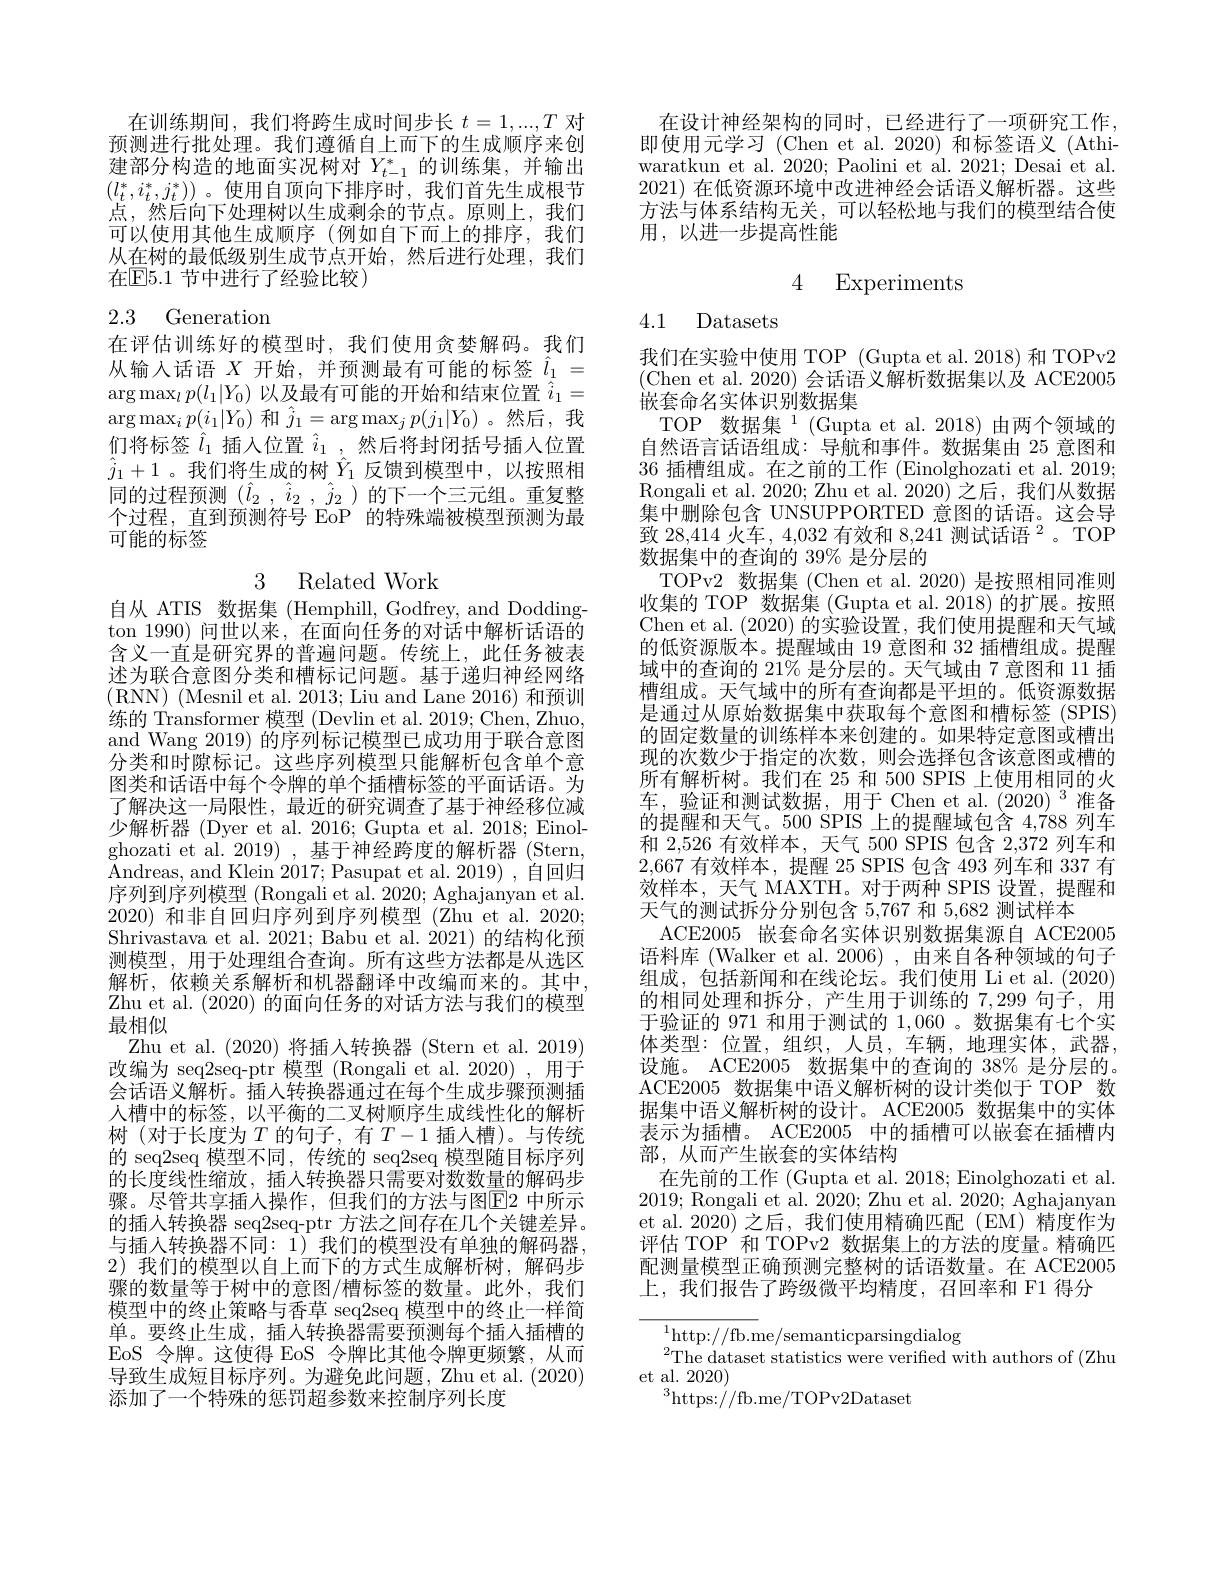
在训练期间，我们将跨生成时间步长$t=1,...,T$对预测进行批处理。我们遵循自上而下的生成顺序来创建部分构造的地面实况树对$Y_t-1^*$的训练集，并输出$(l_t^*,i_t^*,j_t^*))$。使用自顶向下排序时，我们首先生成根节点，然后向下处理树以生成剩余的节点。原则上，我们可以使用其他生成顺序(例如自下而上的排序，我们从在树的最低级别生成节点开始，然后进行处理，我们在$\mathbb{E}5.1$ 节中进行了经验比较)

# 2.3 Generation

在评估训练好的模型时，我们使用贪婪解码。我们从输入话语$X$开始，并预测最有可能的标签$\hat{l}_1=$ $\arg\max_lp(l_1|Y_0)$以及最有可能的开始和结束位置$\hat{i}_1=$ $\arg\max_ip(i_1|Y_0)$和$\hat{j}_1=\arg\max_jp(j_1|Y_0)$ 。然后，我们将标签$\hat{l}_1$插人位置$\hat{i}_1$,然后将封闭括号插入位置$\hat{j}_1+1$。我们将生成的树$\hat{Y}_1$反馈到模型中，以按照相同的过程预测($\hat{l} _2$ , $\hat{i} _2$ , $\hat{j} _2$)的下一个三元组。重复整个过程，直到预测符号 EoP 的特殊端被模型预测为最可能的标签

# 3 Related Work

自从 ATIS 数据集 (Hemphill, Godfrey, and Doddington 1990) 问世以来，在面向任务的对话中解析话语的含义一直是研究界的普遍问题。传统上，此任务被表述为联合意图分类和槽标记问题。基于递归神经网络(RNN)(Mesnil et al.2013;Liu and Lane 2016)和预训练的 Transformer 模型 (Devlin et al. 2019; Chen, Zhuo, and Wang 2019) 的序列标记模型已成功用于联合意图分类和时隙标记。这些序列模型只能解析包含单个意图类和话语中每个令牌的单个插槽标签的平面话语。为了解决这一局限性，最近的研究调查了基于神经移位减少解析器 (Dyer et al. 2016; Gupta et al. 2018; Einolghozati et al. 2019), 基于神经跨度的解析器 (Stern, Andreas, and Klein 2017; Pasupat et al. 2019) , 自回归序列到序列模型 (Rongali et al. 2020; Aghajanyan et al. 2020)和非自回归序列到序列模型 (Zhu et al. 2020; Shrivastava et al. 2021; Babu et al. 2021) 的结构化预测模型，用于处理组合查询。所有这些方法都是从选区解析，依赖关系解析和机器翻译中改编而来的。其中Zhu et al. (2020)的面向任务的对话方法与我们的模型最相似
Zhu et al. (2020)将插人转换器 (Stern et al. 2019) 改编为 seq2seq-ptr 模型 (Rongali et al.2020),用于会话语义解析。插入转换器通过在每个生成步骤预测插人槽中的标签，以平衡的二叉树顺序生成线性化的解析树(对于长度为$T$的句子，有$T-1$插人槽)。与传统的 seq2seq 模型不同，传统的 seq2seq 模型随目标序列的长度线性缩放，插入转换器只需要对数数量的解码步骤。尽管共享插入操作，但我们的方法与图$\boxed{\mathrm{E}}$2 中所示的插人转换器 seq2seq-ptr 方法之间存在几个关键差异。与插入转换器不同：1) 我们的模型没有单独的解码器， 2) 我们的模型以自上而下的方式生成解析树，解码步骤的数量等于树中的意图/槽标签的数量。此外，我们模型中的终止策略与香草 seq2seq 模型中的终止一样简单。要终止生成，插入转换器需要预测每个插入插槽的EoS 令牌。这使得 EoS 令牌比其他令牌更频繁，从而导致生成短目标序列。为避免此问题，Zhu et al. (2020) 添加了一个特殊的惩罚超参数来控制序列长度

在设计神经架构的同时，已经进行了一项研究工作。即使用元学习(Chen et al.2020)和标签语义(Athiwaratkun et al. 2020; Paolini et al. 2021; Desai et al. 2021)在低资源环境中改进神经会话语义解析器。这些方法与体系结构无关，可以轻松地与我们的模型结合使用，以进一步提高性能

### 4 Experiments

# 4.1 Datasets

我们在实验中使用 TOP (Gupta et al. 2018) 和 TOPv2 (Chen et al. 2020) 会话语义解析数据集以及 ACE2005嵌套命名实体识别数据集
TOP 数据集 1 (Gupta et al. 2018) 由两个领域的自然语言话语组成：导航和事件。数据集由 25 意图和36插槽组成。在之前的工作 (Einolghozati et al. 2019; Rongali et al. 2020; Zhu et al. 2020) 之后，我们从数据集中删除包含 UNSUPPORTED 意图的话语。这会导致 28,414 火车，4,032 有效和 8,241 测试话语$^2$。TOP 数据集中的查询的 39% 是分层的
TOPv2 数据集 (Chen et al. 2020) 是按照相同准则收集的 TOP 数据集 (Gupta et al. 2018) 的扩展。按照Chen et al. (2020)的实验设置，我们使用提醒和天气域的低资源版本。提醒域由 19 意图和 32 插槽组成。提醒域中的查询的 21% 是分层的。天气域由 7 意图和 11 插槽组成。天气域中的所有查询都是平坦的。低资源数据是通过从原始数据集中获取每个意图和槽标签 (SPIS) 的固定数量的训练样本来创建的。如果特定意图或槽出现的次数少于指定的次数，则会选择包含该意图或槽的所有解析树。我们在 25 和 500 SPIS 上使用相同的火车，验证和测试数据，用于 Chen et al.(2020) 3 准备的提醒和天气。500 SPIS 上的提醒域包含 4,788 列车和 2,526 有效样本，天气 500 SPIS 包含 2,372 列车和2,667有效样本，提醒 25 SPIS 包含 493 列车和 337 有效样本，天气 MAXTH。对于两种 SPIS 设置，提醒和天气的测试拆分分别包含 5,767 和 5,682 测试样本
ACE2005 嵌套命名实体识别数据集源自 ACE2005语料库 (Walker et al. 2006), 由来自各种领域的句子组成，包括新闻和在线论坛。我们使用 Li et al.(2020) 的相同处理和拆分，产生用于训练的7，299句子，用于验证的 971 和用于测试的1，060 。数据集有七个实体类型：位置，组织，人员，车辆，地理实体，武器， 设施。ACE2005 数据集中的查询的 38% 是分层的。ACE2005 数据集中语义解析树的设计类似于 TOP 数据集中语义解析树的设计。ACE2005 数据集中的实体表示为插槽。ACE2005 中的插槽可以嵌套在插槽内部，从而产生嵌套的实体结构
在先前的工作 (Gupta et al. 2018; Einolghozati et al. 2019; Rongali et al. 2020; Zhu et al. 2020; Aghajanyan et al.2020)之后，我们使用精确匹配(EM)精度作为评估 TOP 和 TOPv2 数据集上的方法的度量。精确匹配测量模型正确预测完整树的话语数量。在 ACE2005上，我们报告了跨级微平均精度，召回率和 F1 得分

${^1\text{http:}//\text{fb.me}/\text{semanticparsingdialog}}$
$^{2}$The dataset statistics were verified with authors of (Zhu
et al. 2020)
$^3$https://fb.me/TOPv2Dataset